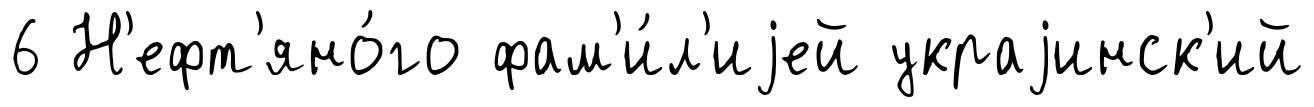
6 Н'ефт'яно́го фам'и́л'иjей украjинск'ий